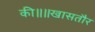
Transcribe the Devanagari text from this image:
की॥॥खासतौर